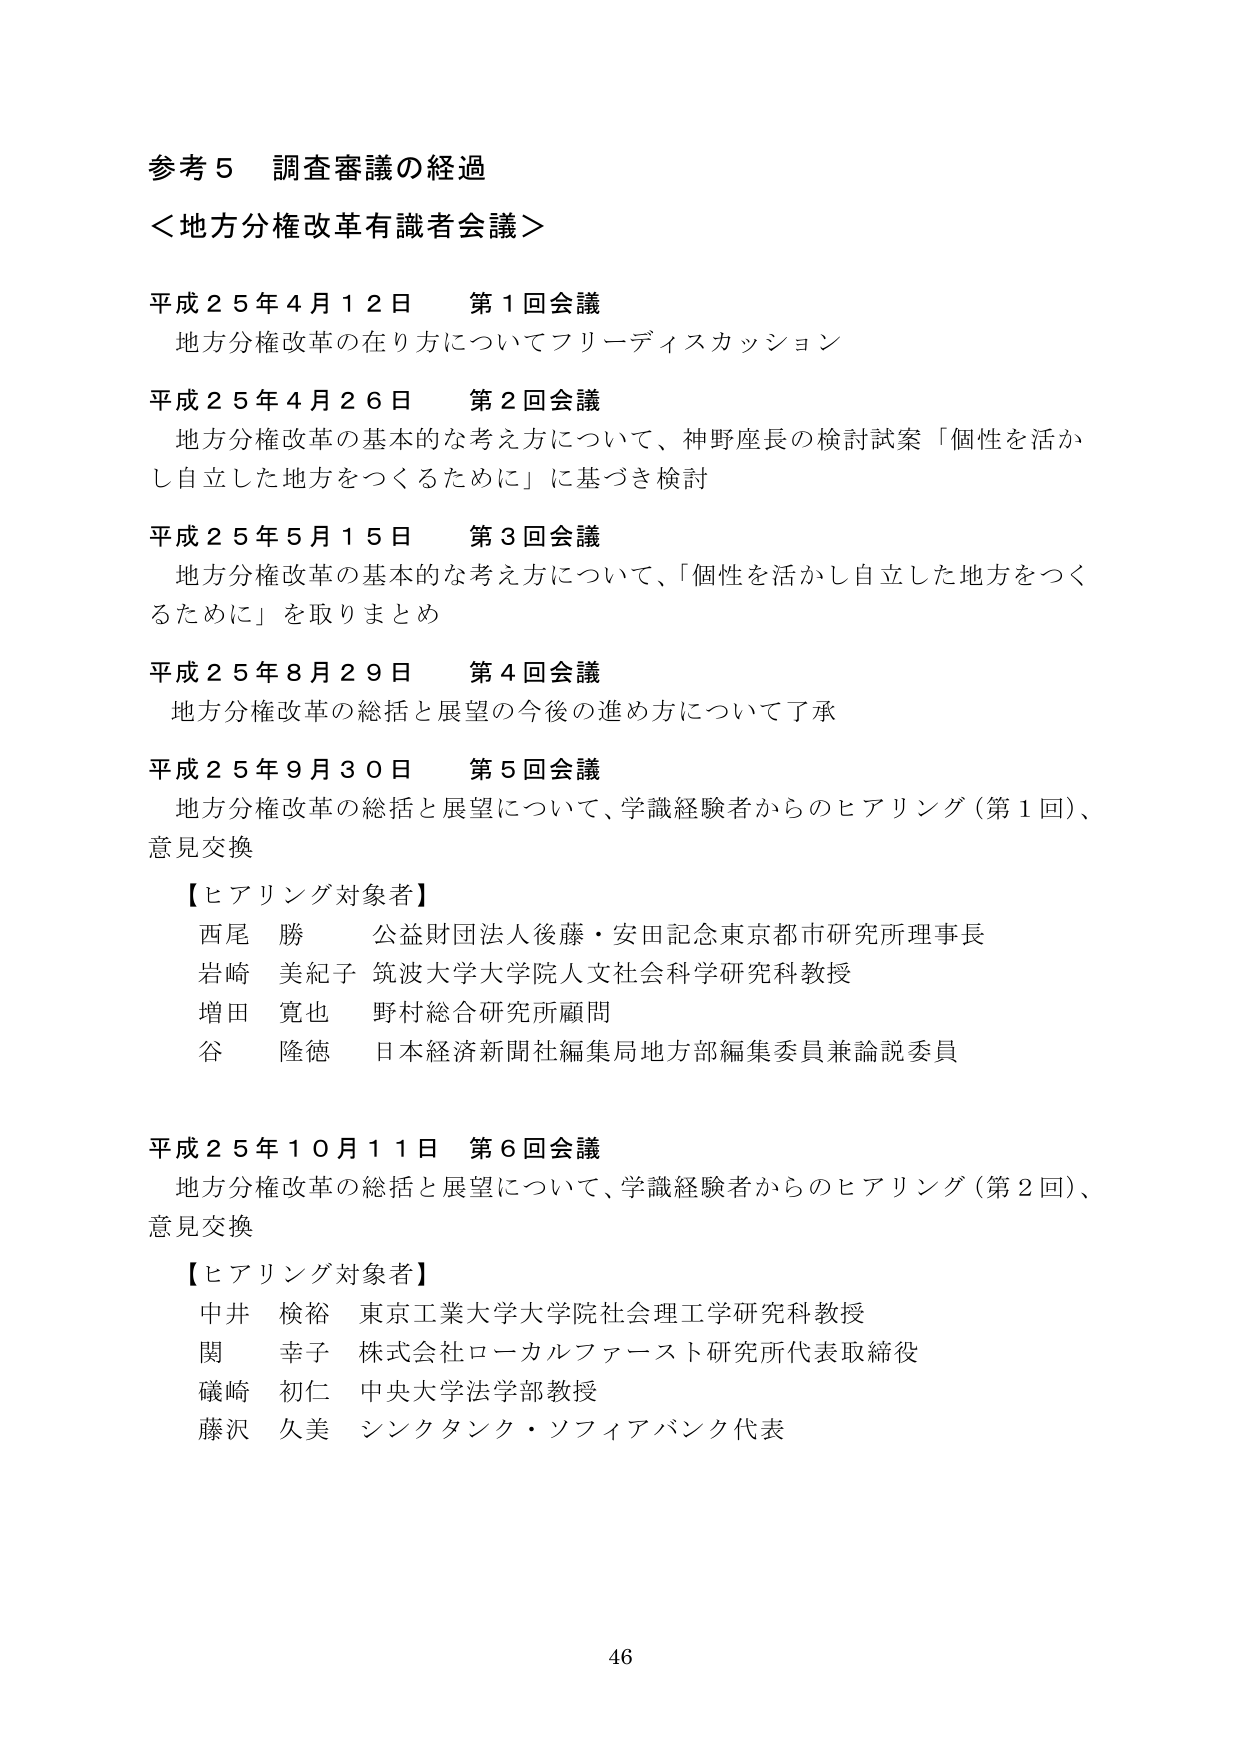
参考５ 調査審議の経過
＜地方分権改革有識者会議＞

平成２５年４月１２日 第１回会議
地方分権改革の在り方についてフリーディスカッション

平成２５年４月２６日 第２回会議
地方分権改革の基本的な考え方について、神野座長の検討試案「個性を活かし自立した地方をつくるために」に基づき検討

平成２５年５月１５日 第３回会議
地方分権改革の基本的な考え方について、「個性を活かし自立した地方をつくるために」を取りまとめ

平成２５年８月２９日 第４回会議
地方分権改革の総括と展望の今後の進め方について了承

平成２５年９月３０日 第５回会議
地方分権改革の総括と展望について、学識経験者からのヒアリング（第１回）、意見交換

【ヒアリング対象者】
西尾 勝 公益財団法人後藤・安田記念東京都市研究所理事長
岩崎 美紀子 筑波大学大学院人文社会科学研究科教授
増田 寛也 野村総合研究所顧問
谷 隆徳 日本経済新聞社編集局地方部編集委員兼論説委員

平成２５年１０月１１日 第６回会議
地方分権改革の総括と展望について、学識経験者からのヒアリング（第２回）、意見交換

【ヒアリング対象者】
中井 検裕 東京工業大学大学院社会理工学研究科教授
関 幸子 株式会社ローカルファースト研究所代表取締役
礒崎 初仁 中央大学法学部教授
藤沢 久美 シンクタンク・ソフィアバンク代表

46